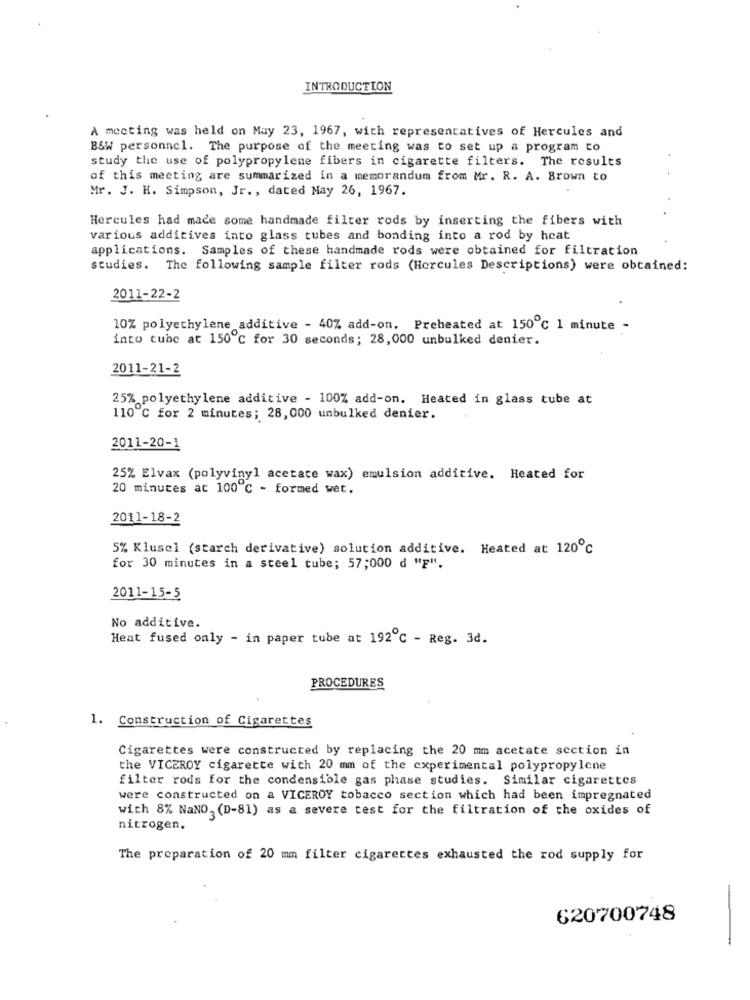
INTRODUCTION
A meeting was held on May 23, 1967, with representatives of Hercules and
B&W personnel. The purpose of the meeting was to set up a program to
study the use of polypropylene fibers in cigarette filters. The results
of this meeting are summarized in a memorandum from Mr. R. A. Brown to
Mr. J. H. Simpson, Jr ., dated May 26, 1967.
Hercules had made some handmade filter rods by inserting the fibers with
various additives into glass tubes and bonding into a rod by heat
applications. Samples of these handmade rods were obtained for filtration
studies. The following sample filter rods (Hercules Descriptions) were obtained:
2011-22-2
10% polyethylene additive - 40% add-on. Preheated at 150℃ 1 minute -
into tube at 150 ℃ for 30 seconds; 28, 000 unbulked denier.
2011-21-2
25% polyethylene additive - 100% add-on. Heated in glass tube at
110℃ for 2 minutes; 28, 000 unbulked denier.
2011-20-1
25% Elvax (polyvinyl acetate wax) emulsion additive. Heated for
20 minutes at 100℃ - formed wet,
2011-18-2
5% Klusel (starch derivative) solution additive. Heated at 120℃
for 30 minutes in a steel tube; 57;000 d "F".
2011-15-5
No additive.
Heat fused only - in paper tube at 192 ℃ - Reg. 3d.
PROCEDURES
1. Construction of Cigarettes
Cigarettes were constructed by replacing the 20 mm acetate section in
the VICEROY cigarette with 20 mm of the experimental polypropylene
filter rods for the condensible gas phase studies. Similar cigarettes
were constructed on a VICEROY tobacco section which had been impregnated
with 8% NaNO, (D-81) as a severe test for the filtration of the oxides of
nitrogen.
The preparation of 20 mm filter cigarettes exhausted the rod supply for
620700748